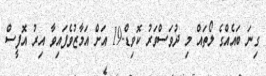
ގިނަ ބައެއްގެ ލޯތައް މި ދުވަސްވަރު ކޮވިޑް-19 އަށް އަމާޒުވެފައިވާ އިރު އޮފީސް